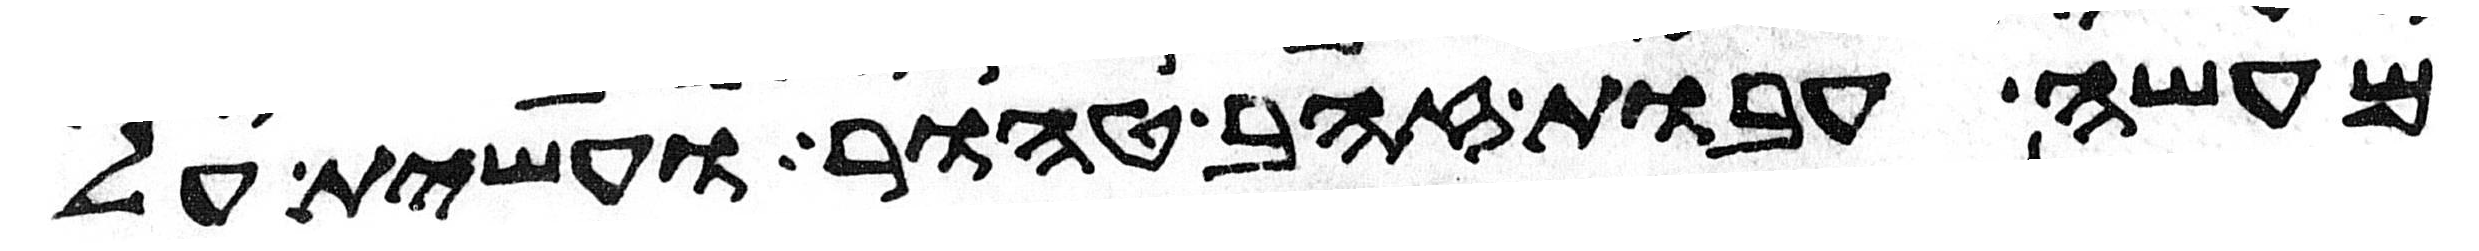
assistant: מעשה עבות זהב טהור ועשית על